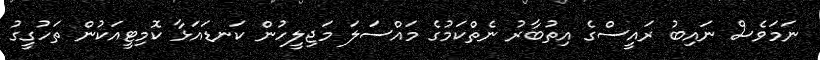
ނަމަވެސް ނައިބު ރައީސްގެ އިތުބާރު ނެތްކަމުގެ މައްސަލަ މަޖިލީހުން ކަނޑައަޅާ ކޮމިޓީއަކުން ތަހުގީގު